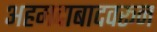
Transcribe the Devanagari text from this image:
अहमदाबादवरून